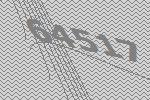
64517